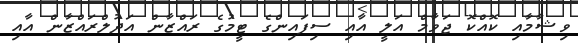
ވިޝާމާއި ކޮއްކޮ ޖަވާމް އަލީ އާއި ސިފައިންގެ ޓީމުގެ ރައްޒާން އަދުލްރައްޒާން އާއި